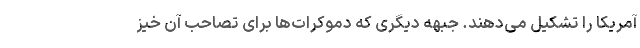
آمریکا را تشکیل می‌دهند. جبهه دیگری که دموکرات‌ها برای تصاحب آن خیز